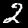
Label: 2